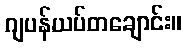
ဂျပန်ယပ်တချောင်း။